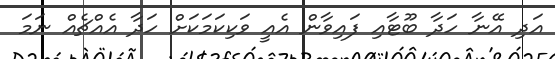
އަދި އޭނާ ހަދާ ބޫޓާއި ފައިވާން އެއީ ވަކިކަމަކަށް ހަދާ އެއްޗެއް ނަމަ